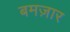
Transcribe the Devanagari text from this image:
बमज़ार